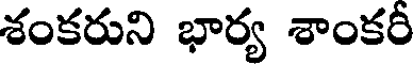
శంకరుని భార్య శాంకరీ